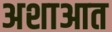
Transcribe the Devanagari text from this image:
अशाआत